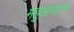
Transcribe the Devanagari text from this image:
महुआपाटन